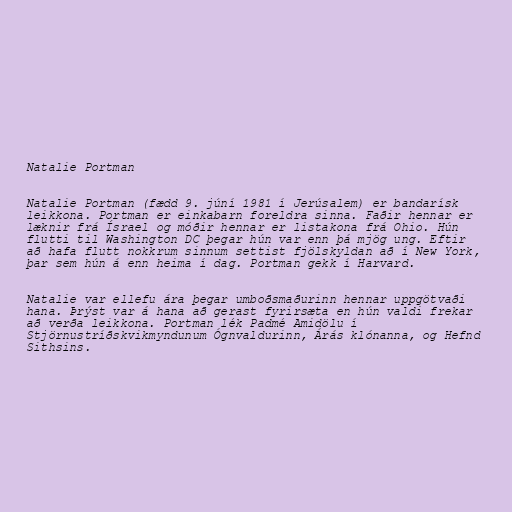
Natalie Portman

Natalie Portman (fædd 9. júní 1981 í Jerúsalem) er bandarísk
leikkona. Portman er einkabarn foreldra sinna. Faðir hennar er
læknir frá Ísrael og móðir hennar er listakona frá Ohio. Hún
flutti til Washington DC þegar hún var enn þá mjög ung. Eftir
að hafa flutt nokkrum sinnum settist fjölskyldan að í New York,
þar sem hún á enn heima í dag. Portman gekk í Harvard.

Natalie var ellefu ára þegar umboðsmaðurinn hennar uppgötvaði
hana. Þrýst var á hana að gerast fyrirsæta en hún valdi frekar
að verða leikkona. Portman lék Padmé Amidölu í
Stjörnustríðskvikmyndunum Ógnvaldurinn, Árás klónanna, og Hefnd
Sithsins.